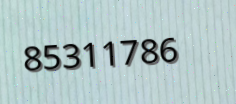
85311786